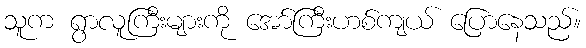
သူက ရွာလူကြီးများကို အော်ကြီးဟစ်ကျယ် ပြောနေသည်။